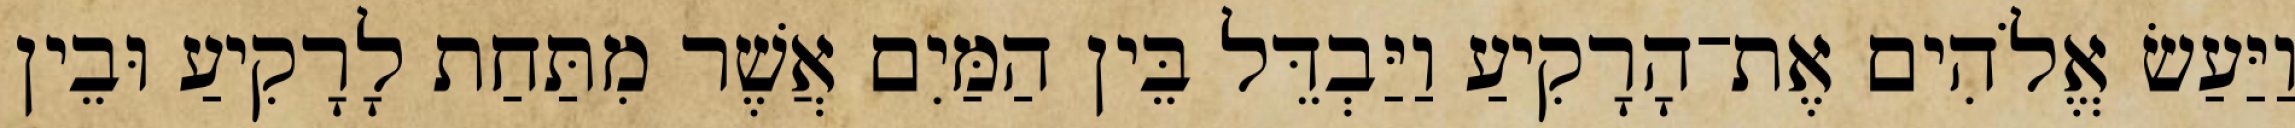
וַיַּעַשׂ אֱלֹהִים אֶת־הָרָקִיעַ וַיַּבְדֵּל בֵּין הַמַּיִם אֲשֶׁר מִתַּחַת לָרָקִיעַ וּבֵין